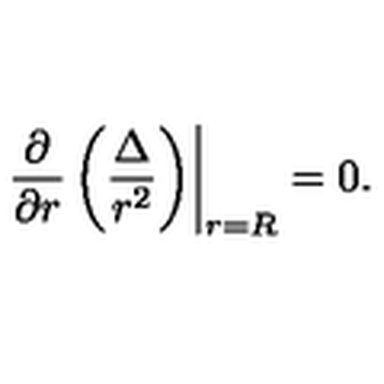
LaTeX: \left. \frac { \partial } { \partial r } \left( \frac { \Delta } { r ^ { 2 } } \right) \right| _ { r = R } = 0 .